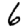
Digit: 6